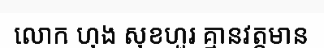
លោក ហុង សុខហួរ គ្មានវត្តមាន